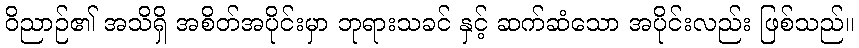
ဝိညာဉ်၏ အသိရှိ အစိတ်အပိုင်းမှာ ဘုရားသခင် နှင့် ဆက်ဆံသော အပိုင်းလည်း ဖြစ်သည်။